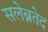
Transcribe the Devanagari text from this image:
सलेब्रतेद